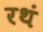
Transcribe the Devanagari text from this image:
रथं